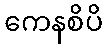
ကေနစိပိ